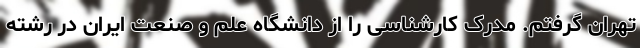
تهران گرفتم. مدرک کارشناسی را از دانشگاه علم و صنعت ایران در رشته